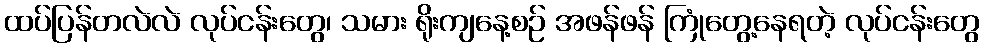
ထပ်ပြန်တလဲလဲ လုပ်ငန်းတွေ၊ သမား ရိုးကျနေ့စဉ် အဖန်ဖန် ကြုံတွေ့နေရတဲ့ လုပ်ငန်းတွေ